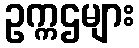
ဥက္ကဌများ